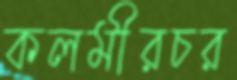
কলমীরচর